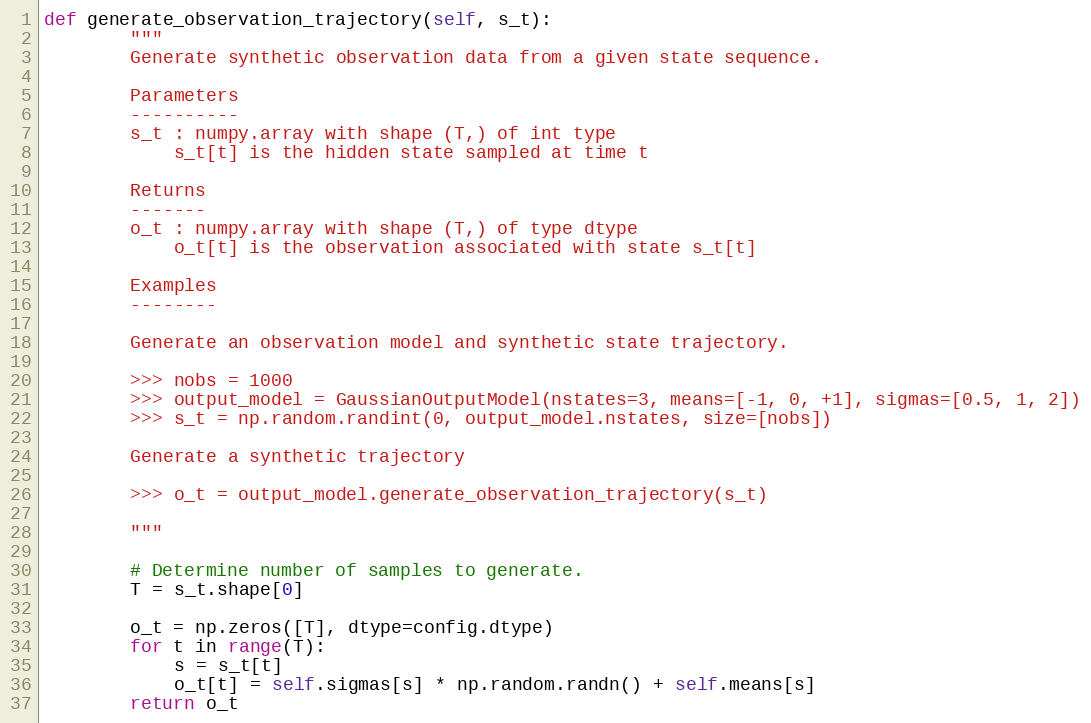
Language: Python
def generate_observation_trajectory(self, s_t):
        """
        Generate synthetic observation data from a given state sequence.

        Parameters
        ----------
        s_t : numpy.array with shape (T,) of int type
            s_t[t] is the hidden state sampled at time t

        Returns
        -------
        o_t : numpy.array with shape (T,) of type dtype
            o_t[t] is the observation associated with state s_t[t]

        Examples
        --------

        Generate an observation model and synthetic state trajectory.

        >>> nobs = 1000
        >>> output_model = GaussianOutputModel(nstates=3, means=[-1, 0, +1], sigmas=[0.5, 1, 2])
        >>> s_t = np.random.randint(0, output_model.nstates, size=[nobs])

        Generate a synthetic trajectory

        >>> o_t = output_model.generate_observation_trajectory(s_t)

        """

        # Determine number of samples to generate.
        T = s_t.shape[0]

        o_t = np.zeros([T], dtype=config.dtype)
        for t in range(T):
            s = s_t[t]
            o_t[t] = self.sigmas[s] * np.random.randn() + self.means[s]
        return o_t